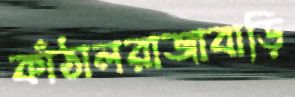
কাঁঠালরাজাবাড়ি